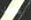
ماربل